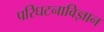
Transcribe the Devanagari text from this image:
परिघटनाविज्ञान